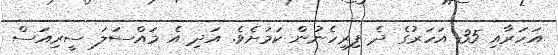
އަހަރާއި 35 އަހަރުގެ ދެ ފިރިހެނުން ކަމަށެވެ. އަދި އެ މައްސަލަ ސީރިއަސް